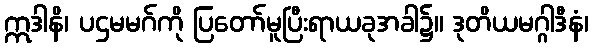
ဣဒါနိ၊ ပဌမမဂ်ကို ပြတော်မူပြီးရာယခုအခါ၌။ ဒုတိယမဂ္ဂါဒီနံ၊